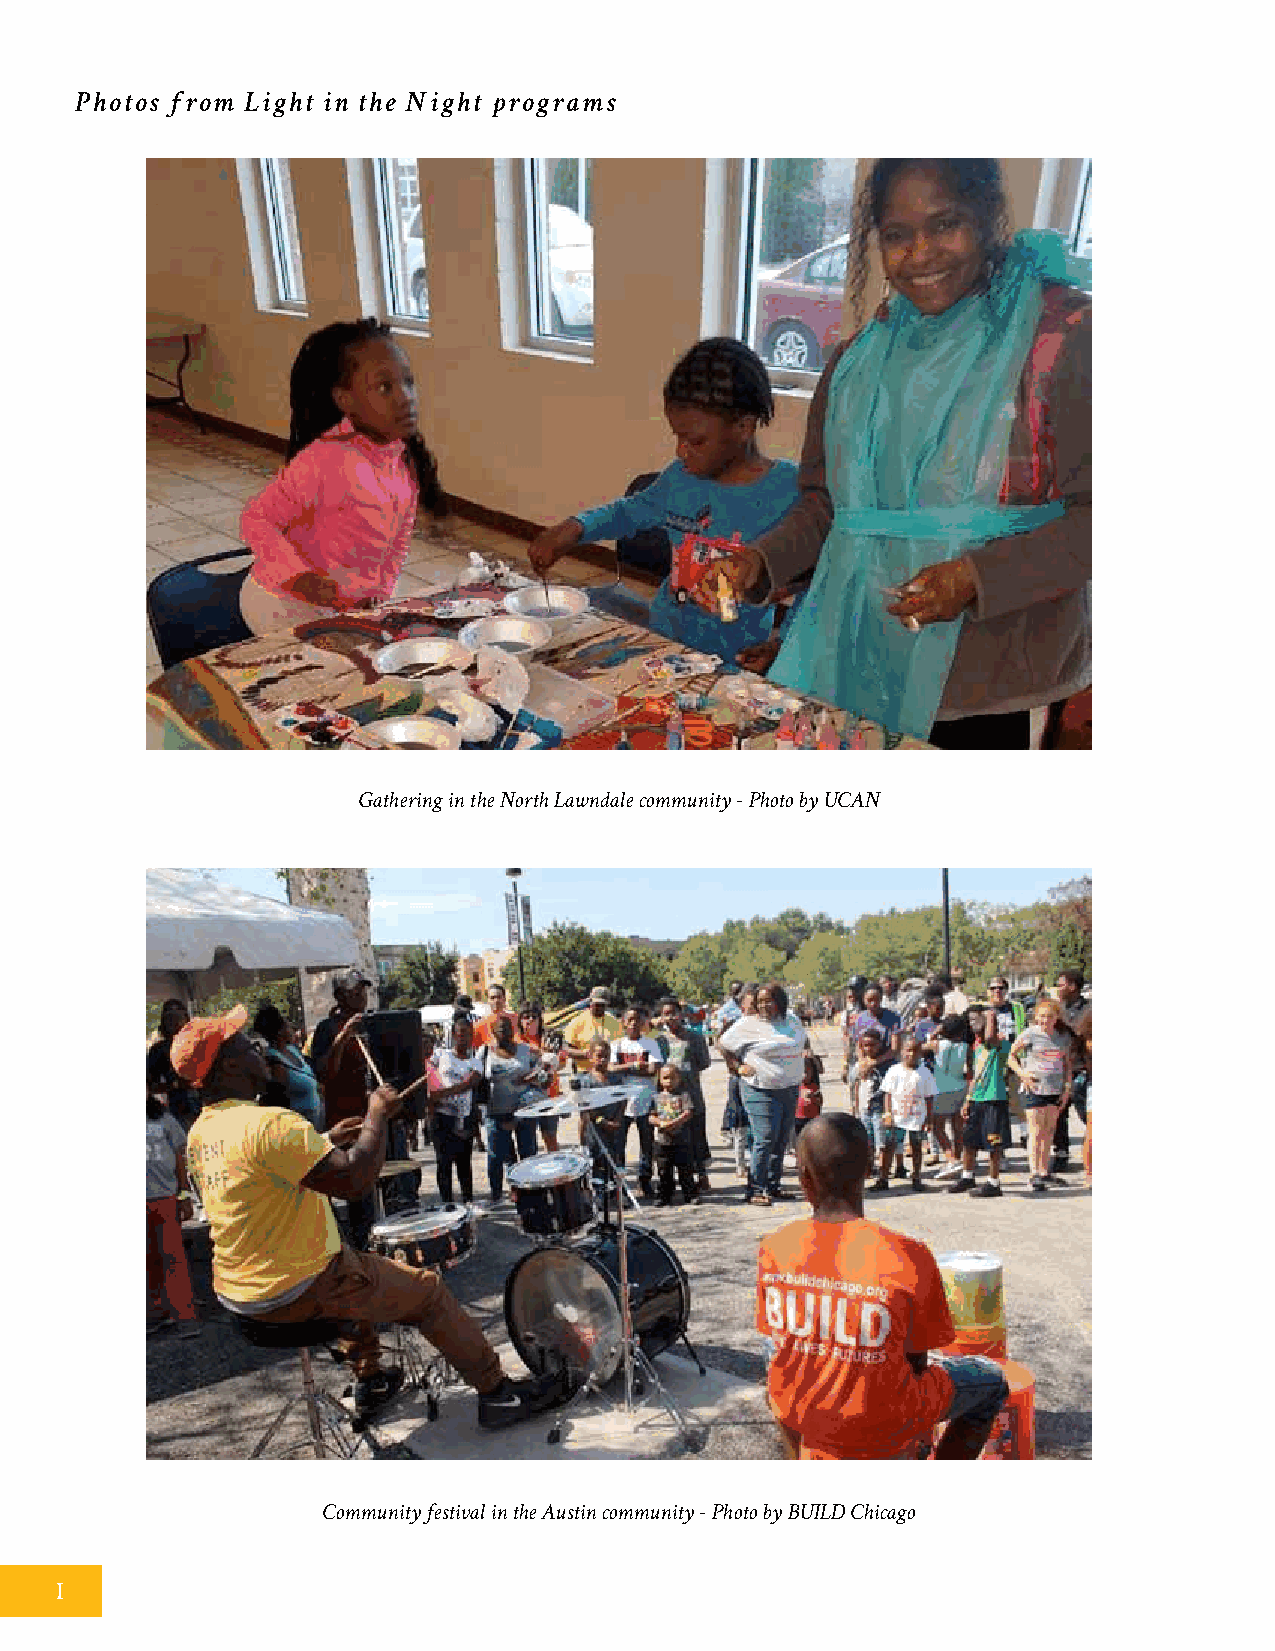
Photos from Light in the Night programs
 Gathering in the North Lawndale community - Photo by UCAN
 Community festival in the Austin community - Photo by BUILD Chicago
 I